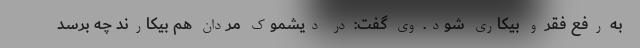
به رفع فقر و بیکاری شود. وی گفت: در دیشموک مردان هم بیکارند چه برسد